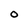
Character: O